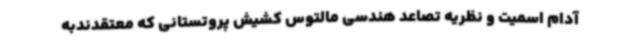
آدام اسمیت و نظریه تصاعد هندسی مالتوس کشیش پروتستانی که معتقدندبه